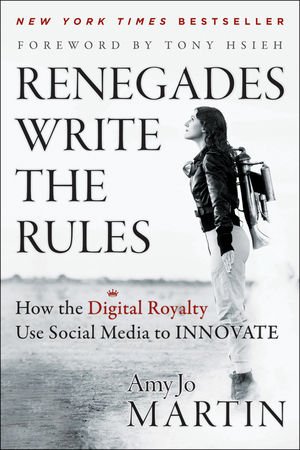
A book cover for Renegades Write the Rules: How the Digital Royalty Use Social Media to Innovate; Amy Jo Martin; Computers & Technology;